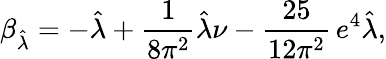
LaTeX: \beta_{\hat{\lambda}}=-\hat{\lambda}+\frac{1}{8\pi^{2}}\hat{\lambda}\nu-\frac{25}{12\pi^{2}}\, e^{4}\hat{\lambda},